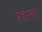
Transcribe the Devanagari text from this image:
रूडरल्स